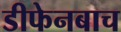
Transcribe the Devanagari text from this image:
डीफेनबाच